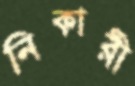
নিকারী